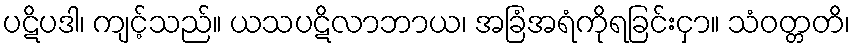
ပဋိပဒါ၊ ကျင့်သည်။ ယသပဋိလာဘာယ၊ အခြံအရံကိုရခြင်းငှာ။ သံဝတ္တတိ၊